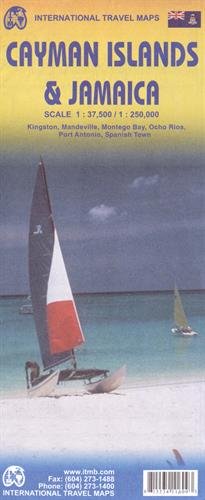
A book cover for Cayman Islands & Jamaica 1:37,500/250,000 (International Travel Maps); International Travel Map; Travel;